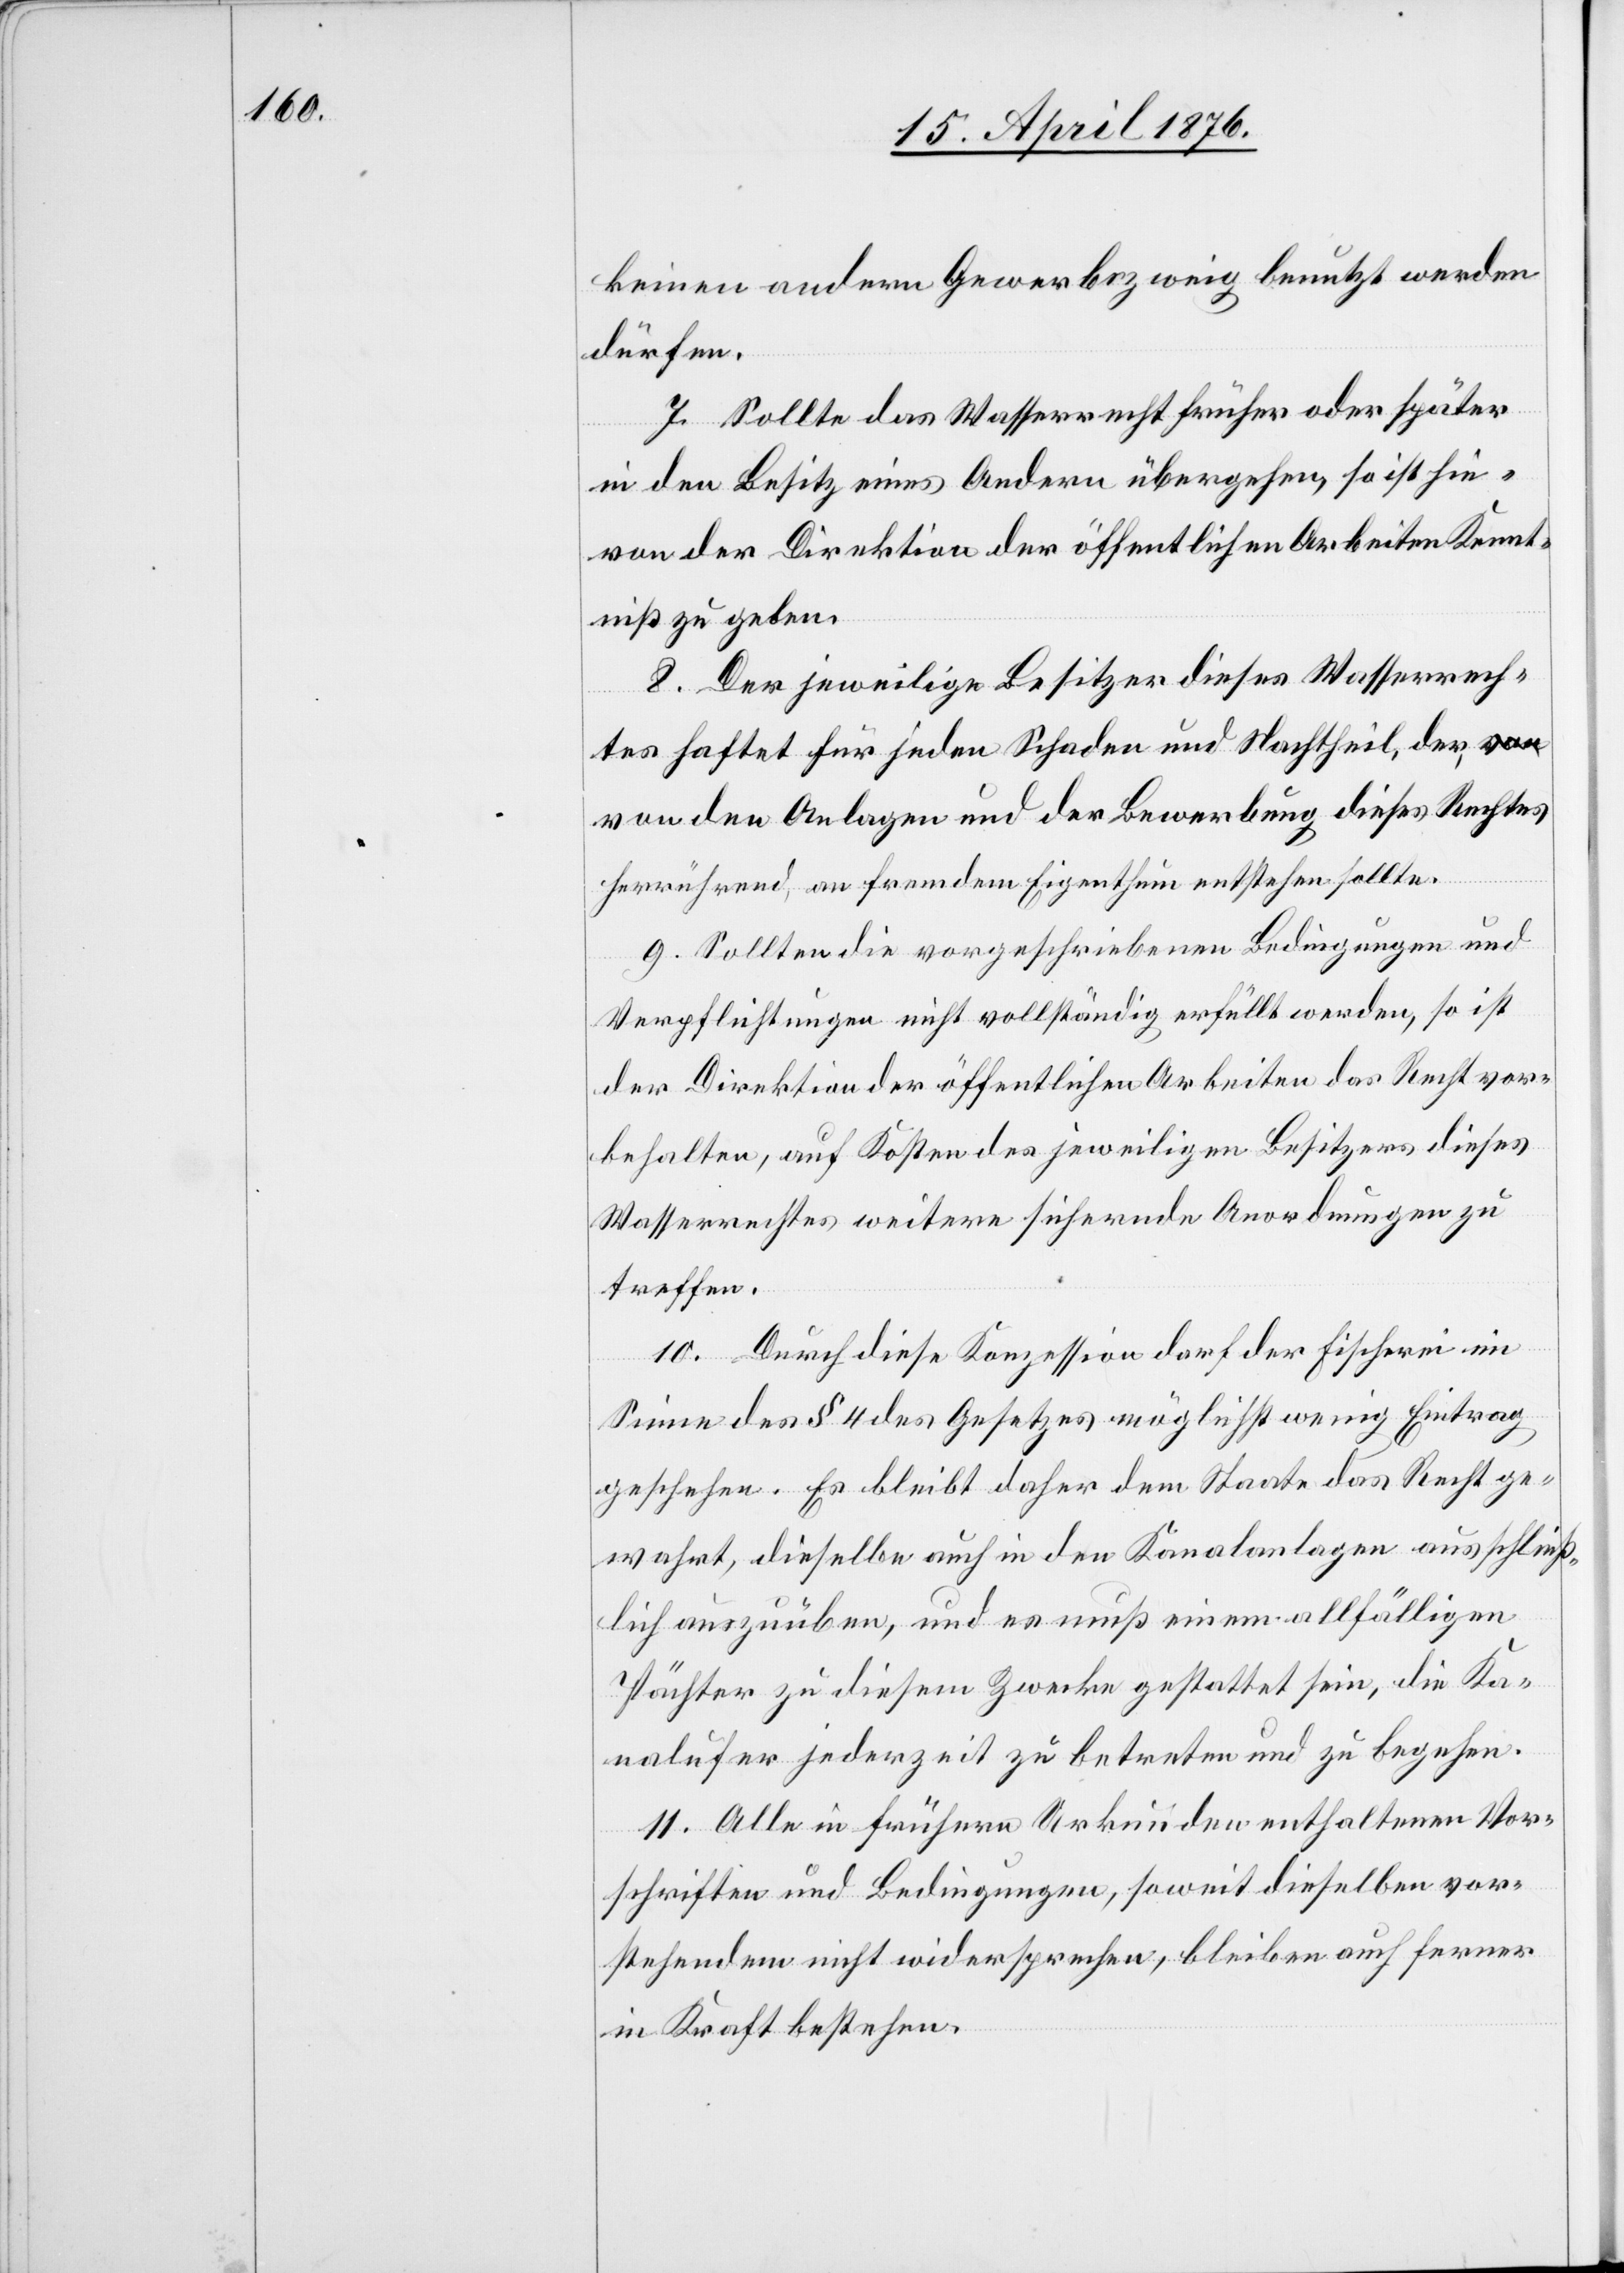
keinen andern Gewerbszweig benutzt werden
dürfen.
7. Sollte das Wasserrecht früher oder später
in den Besitz eines Andern übergehen, so ist hie¬
von der Direktion der öffentlichen Arbeiten Kennt¬
niß zu geben.
8. Der jeweilige Besitzer dieses Wasserrech¬
tes haftet für jeden Schaden und Nachtheil, der,
von den Anlagen und der Bewerbung dieses Rechtes
herrührend, an fremdem Eigenthum entstehen sollte.
9. Sollten die vorgeschriebenen Bedingungen und
Verpflichtungen nicht vollständig erfüllt werden, so ist
der Direktion der öffentlichen Arbeiten das Recht vor¬
behalten, auf Kosten des jeweiligen Besitzers dieses
Wasserrechtes weitere sichernde Anordnungen zu
treffen.
10. Durch diese Konzession darf der Fischerei im
Sinne des § 4 des Gesetzes möglichst wenig Eintrag
geschehen. Es bleibt daher dem Staate das Recht ge¬
wahrt, dieselbe auch in der Kanalanlage ausschließ¬
lich auszuüben, und es muß einem allfälligen
Pächter zu diesem Zwecke gestattet sein, die Ka¬
nalufer jederzeit zu betreten und zu begehen.
11. Alle in frühern Urkunden enthaltenen Vor¬
schiften und Bedingungen, soweit dieselben vor¬
stehendem nicht widersprechen, bleiben auch ferner
in Kraft bestehen.